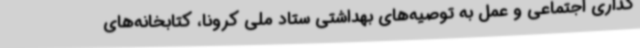
گذاری اجتماعی و عمل به توصیه‌های بهداشتی ستاد ملی کرونا، کتابخانه‌های